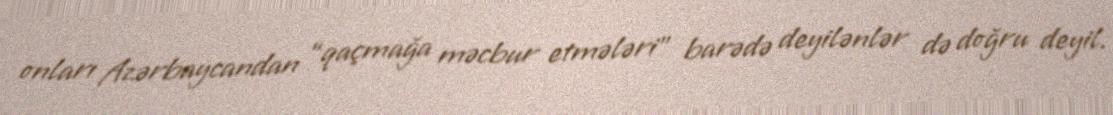
onları Azərbaycandan “qaçmağa məcbur etmələri” barədə deyilənlər də doğru deyil.